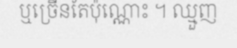
ឬច្រើនតែប៉ុណ្ណោះ ។ ឈ្មួញ